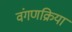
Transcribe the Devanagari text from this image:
वंगणक्रिया